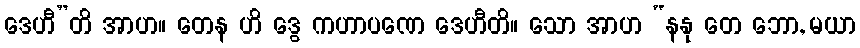
ဒေဟီ”တိ အာဟ။ တေန ဟိ ဒွေ ကဟာပဏေ ဒေဟီတိ။ သော အာဟ “နနု တေ ဘော, မယာ